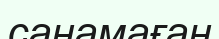
санамаған